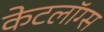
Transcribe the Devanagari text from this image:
केटलॉग्स